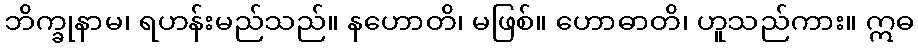
ဘိက္ခုနာမ၊ ရဟန်းမည်သည်။ နဟောတိ၊ မဖြစ်။ ဟောဓာတိ၊ ဟူသည်ကား။ ဣဓ